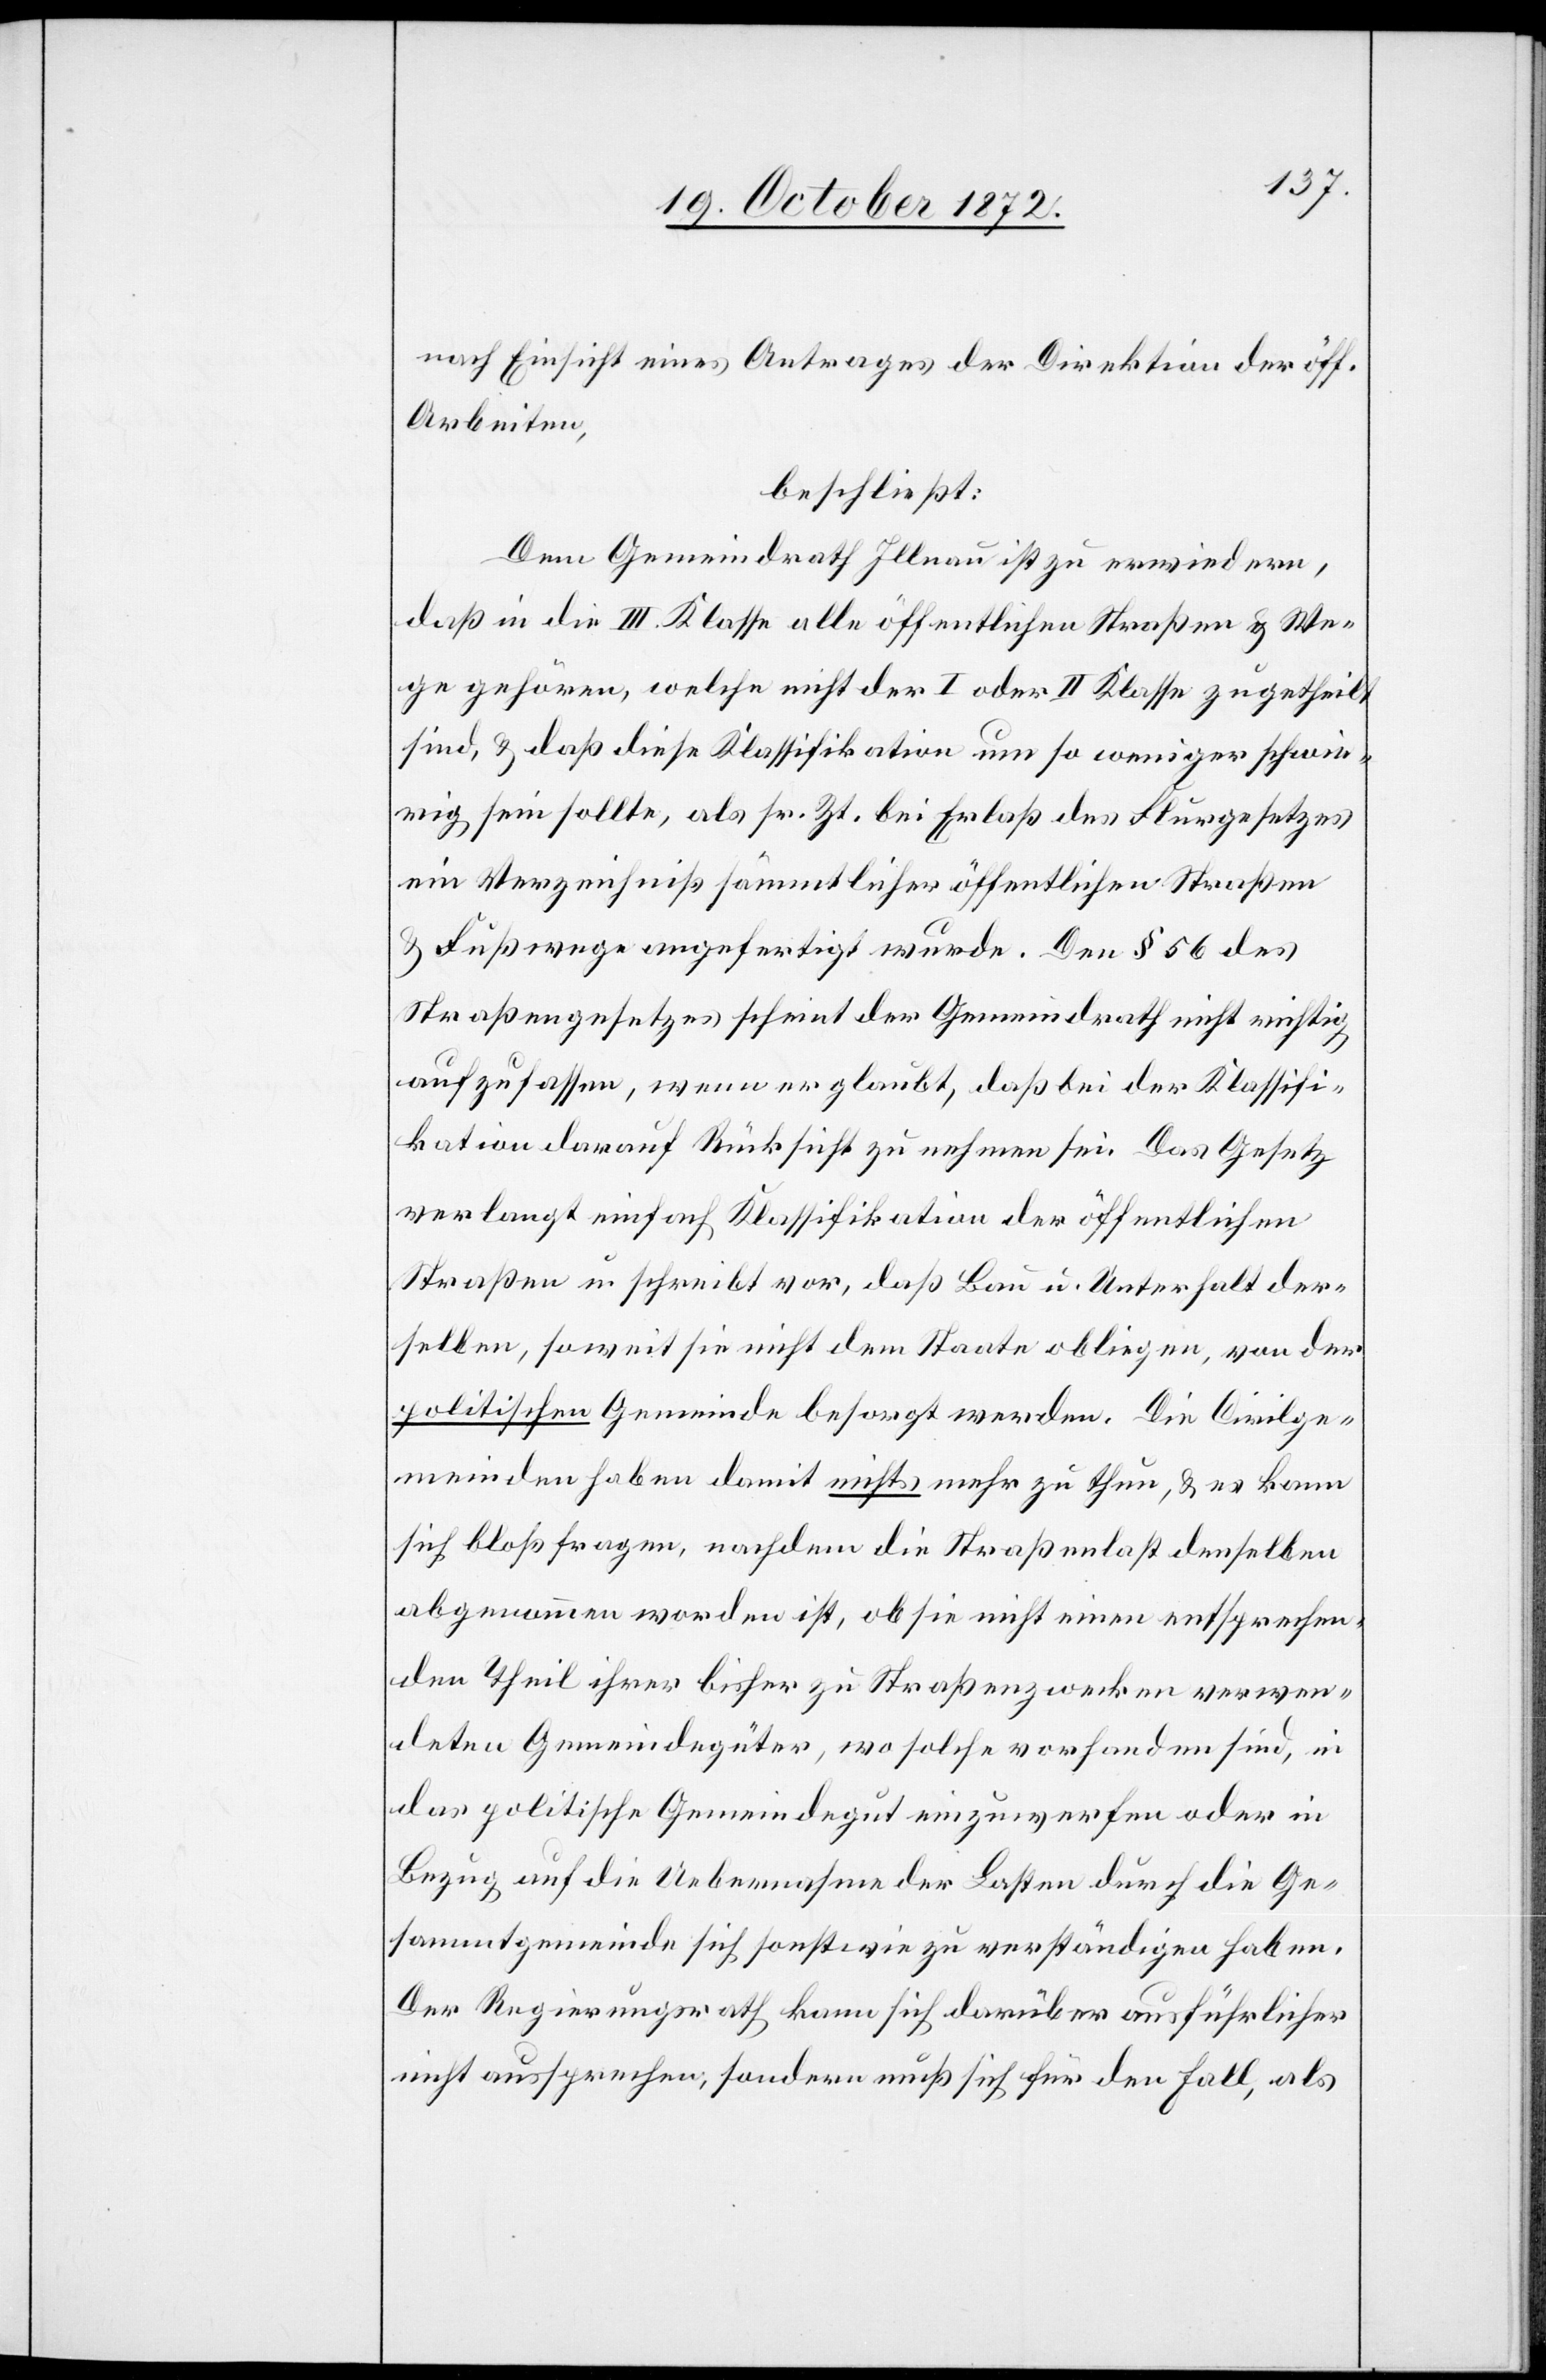
nach Einsicht eines Antrages der Direktion der öff.
Arbeiten,
beschließt:
Dem Gemeindrath Illnau ist zu erwiedern,
daß in die III. Klasse alle öffentlichen Straßen u. We¬
ge gehören, welche nicht der I oder II Klasse zugetheilt
sind, u. daß diese Klassifikation um so weniger schwie¬
rig sein sollte, als sr. Zt. bei Erlaß des Flurgesetzes
ein Verzeichniß sämmtlicher öffentlicher Straßen
u. Fußwege angefertigt wurde. Den § 56 des
Straßengesetzes scheint der Gemeindrath nicht richtig
aufzufassen, wenn er glaubt, daß bei der Klassifi¬
kation darauf Rücksicht zu nehmen sei. Das Gesetz
verlangt einfach Klassifikation der öffentlichen
Straßen u. schreibt vor, daß Bau u. Unterhalt der¬
selben, soweit sie nicht dem Staate obliegen, von der
politischen Gemeinde besorgt werden. Die Civilge¬
meinden haben damit nichts mehr zu thun, u. es kann
sich bloß fragen, nachdem die Straßenlast denselben
abgenommen worden ist, ob sie nicht einen entsprechen¬
den Theil ihrer bisher zu Straßenzwecken verwen¬
deten Gemeindegüter, wo solche vorhanden sind, in
das politische Gemeindegut einzuwerfen oder in
Bezug auf die Uebernahme der Lasten durch die Ge¬
sammtgemeinde sich sonstwie zu verständigen haben.
Der Regierungsrath kann sich darüber ausführlicher
nicht aussprechen, sondern muß sich für den Fall, als